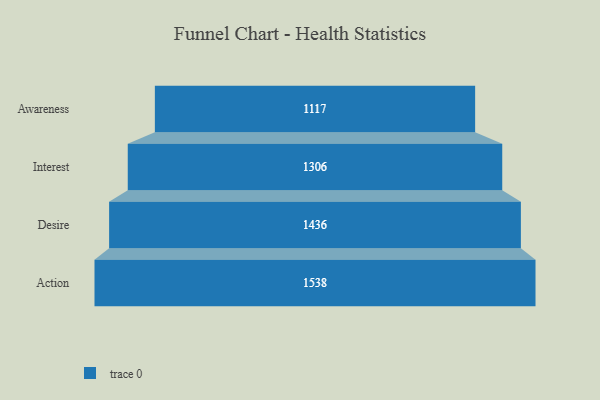
{"axis": {"x": "Stage", "y": "Value"}, "legend": [""], "data": [{"x": "Awareness", "y": 1117.0, "type": ""}, {"x": "Interest", "y": 1306.0, "type": ""}, {"x": "Desire", "y": 1436.0, "type": ""}, {"x": "Action", "y": 1538.0, "type": ""}]}